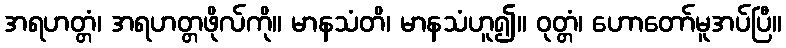
အရဟတ္တံ၊ အရဟတ္တဖိုလ်ကို။ မာနသံတိ၊ မာနသံဟူ၍။ ဝုတ္တံ၊ ဟောတော်မူအပ်ပြီ။